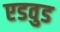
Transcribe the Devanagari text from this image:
एडवुड